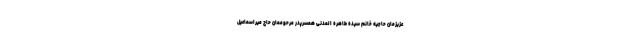
عزیزمان حاجیه خانم سیده طاهره المدنی همسرپدر مرحوممان حاج میراسماعیل